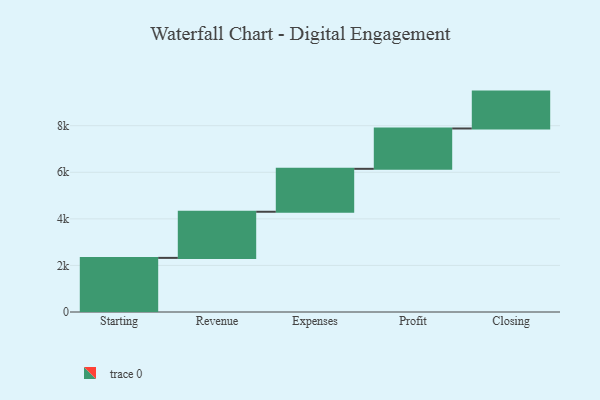
{"axis": {"x": "Step", "y": "Value"}, "legend": [""], "data": [{"x": "Starting", "y": 2324.0, "type": ""}, {"x": "Revenue", "y": 1981.0, "type": ""}, {"x": "Expenses", "y": 1844.0, "type": ""}, {"x": "Profit", "y": 1732.0, "type": ""}, {"x": "Closing", "y": 1584.0, "type": ""}]}